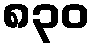
၈၃၀